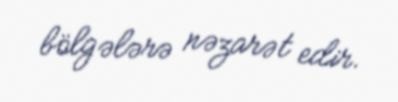
bölgələrə nəzarət edir.